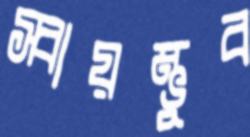
স্বায়ম্ভুব